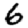
Digit: 6